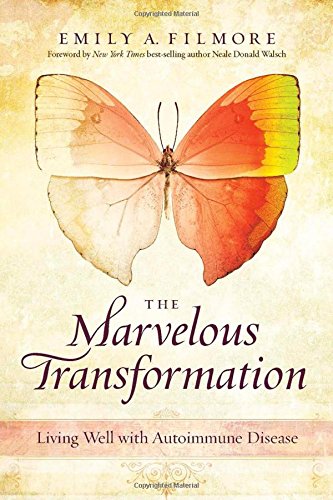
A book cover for The Marvelous Transformation: Living Well with Autoimmune Disease; Emily A. Filmore; Health, Fitness & Dieting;